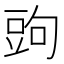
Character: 𧯠